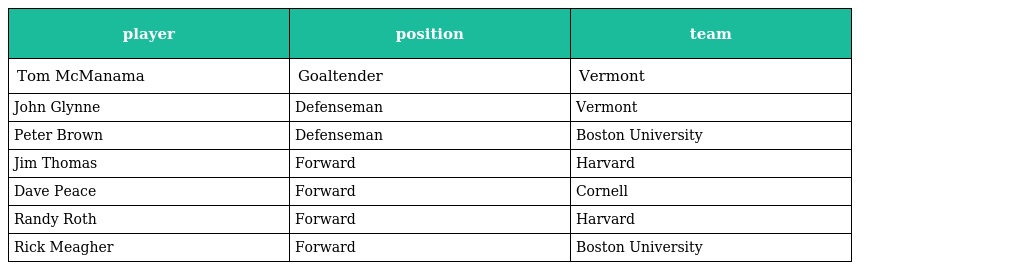
| player | position | team |
 | --- | --- | --- |
 | Tom McManama | Goaltender | Vermont |
 | John Glynne | Defenseman | Vermont |
 | Peter Brown | Defenseman | Boston University |
 | Jim Thomas | Forward | Harvard |
 | Dave Peace | Forward | Cornell |
 | Randy Roth | Forward | Harvard |
 | Rick Meagher | Forward | Boston University |